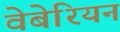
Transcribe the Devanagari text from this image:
वेबेरियन